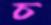
চ